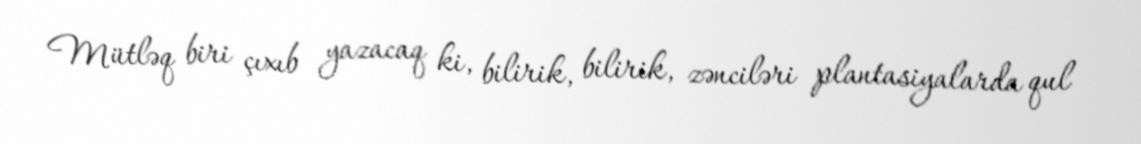
Mütləq biri çıxıb yazacaq ki, bilirik, bilirik, zənciləri plantasiyalarda qul